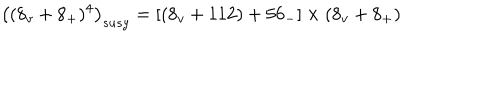
LaTeX: \left( ( 8 _ { v } + 8 _ { + } ) ^ { 4 } \right) _ { s u s y } = \left[ \left( 8 _ { v } + 1 1 2 \right) + 5 6 _ { - } \right] \times ( 8 _ { v } + 8 _ { + } )